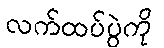
လက်ထပ်ပွဲကို